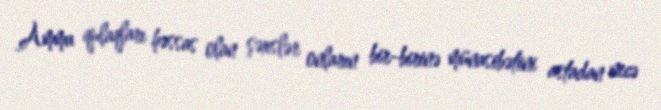
Amma qulaqları həssas olan şəxslər onların bir-birinə münasibətini astadan necə